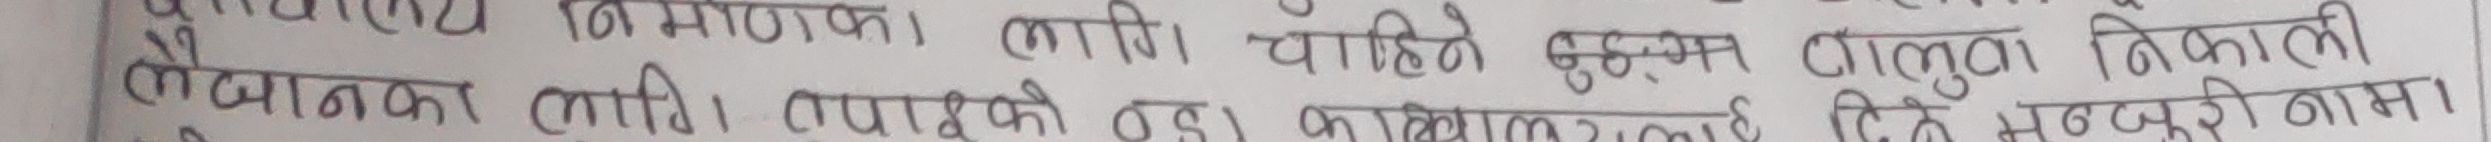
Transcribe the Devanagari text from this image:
पकाए मरण । लागि । चाहिए वुझम गालुवा निकाली
पूवानका लागि । तपाइको रङ। काखिम तिने मजुरोनाम।